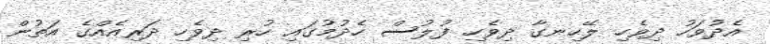
އެދުވަހު ދިވެހި ލޭހިނގާ ދިވެހި ފުލުސް ހެދުމުގައި ހުރި ދިވެހި ދަރިއެއްގެ އަތުން